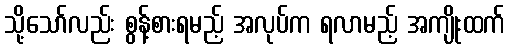
သို့သော်လည်း စွန့်စားရမည့် အလုပ်က ရလာမည့် အကျိုးထက်